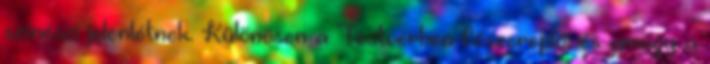
színészi jelenlétnek. Különösen a Testvérben főszereplő, és amúgy a